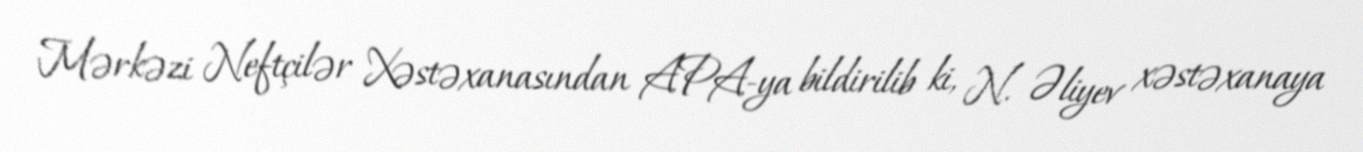
Mərkəzi Neftçilər Xəstəxanasından APA-ya bildirilib ki, N. Əliyev xəstəxanaya